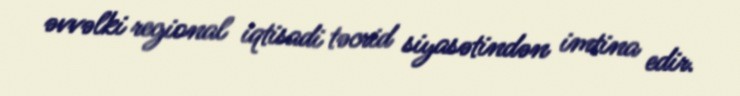
əvvəlki regional iqtisadi təcrid siyasətindən imtina edir.